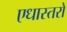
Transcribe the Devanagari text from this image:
एधास्तरों